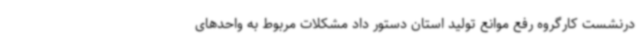
درنشست کارگروه رفع موانع تولید استان دستور داد مشکلات مربوط به واحدهای